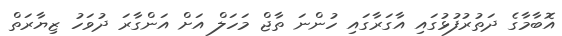
އޮބާމާގެ ދަތުރުފުޅުގައި އާގަރާގައި ހުންނަ ތާޖް މަހަލް އަށް އަންގާރަ ދުވަހު ޒިޔާރަތް